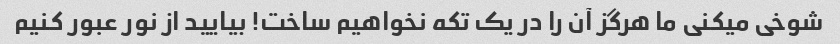
شوخی میکنی ما هرگز آن را در یک تکه نخواهیم ساخت! بیایید از نور عبور کنیم